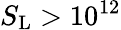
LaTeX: S_{\mathrm{{L}}}>10^{12}